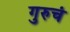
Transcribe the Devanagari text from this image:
गुरुचं